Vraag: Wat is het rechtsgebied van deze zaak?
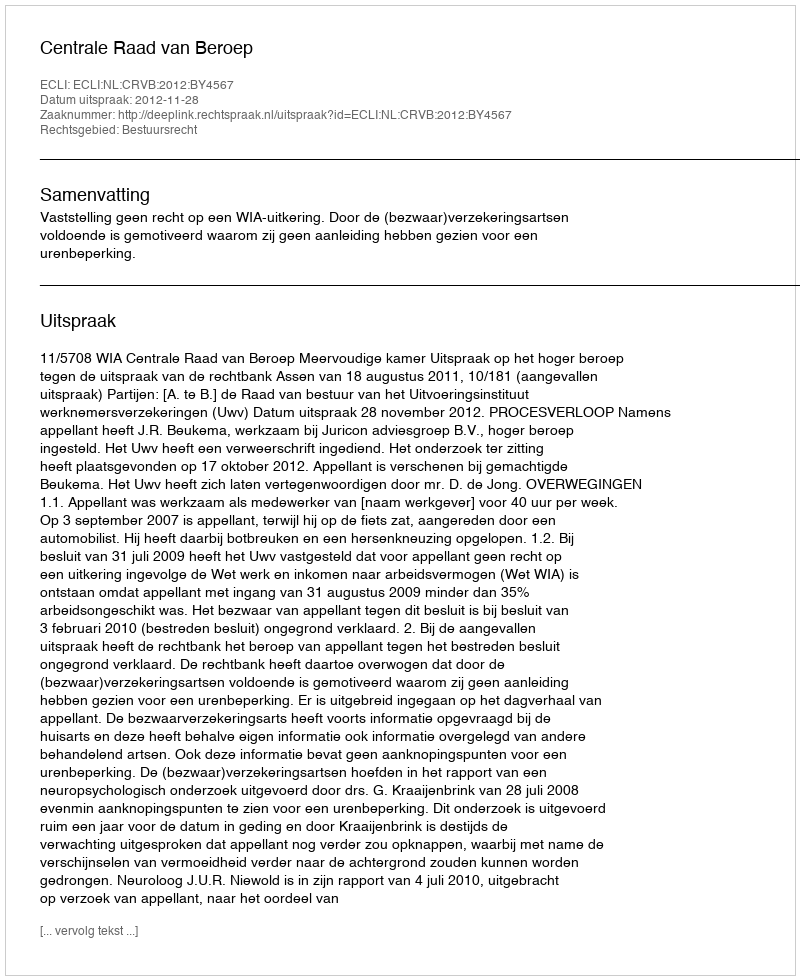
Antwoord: Bestuursrecht